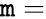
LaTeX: \mathtt{m}=